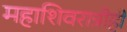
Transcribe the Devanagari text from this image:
महाशिवरात्रीही